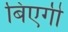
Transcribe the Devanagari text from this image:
बिएगी